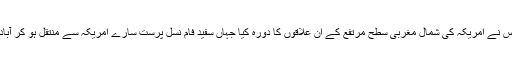
1982 ء میں اس نے امریکہ کی شمال مغربی سطح مرتفع کے ان علاقوں کا دورہ کیا جہاں سفید فام نسل پرست سارے امریکہ سے منتقل ہو کر آباد ہو رہے تھے ۔